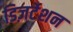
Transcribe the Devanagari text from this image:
डिज़र्टेशन